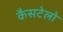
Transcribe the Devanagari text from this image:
कैसटेलो